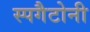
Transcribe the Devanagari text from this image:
स्पगैटोनी